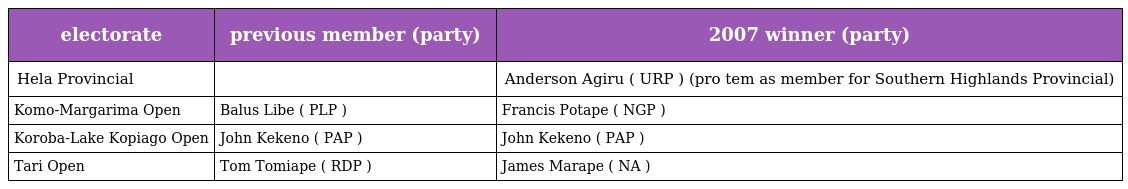
| electorate | previous member (party) | 2007 winner (party) |
 | --- | --- | --- |
 | Hela Provincial |  | Anderson Agiru ( URP ) (pro tem as member for Southern Highlands Provincial) |
 | Komo-Margarima Open | Balus Libe ( PLP ) | Francis Potape ( NGP ) |
 | Koroba-Lake Kopiago Open | John Kekeno ( PAP ) | John Kekeno ( PAP ) |
 | Tari Open | Tom Tomiape ( RDP ) | James Marape ( NA ) |